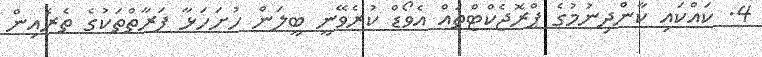
4. ކައްކައި ކާންދިނުމުގެ ޕްރޮޖެކްޓްތައް އެވޯޑް ކުރެވޭނީ ބީލަން ހުށަހަޅާ ފަރާތްތަކުގެ ތެރެއިން